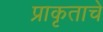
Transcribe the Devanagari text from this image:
प्राकृताचे